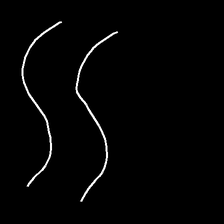
Glyph: float